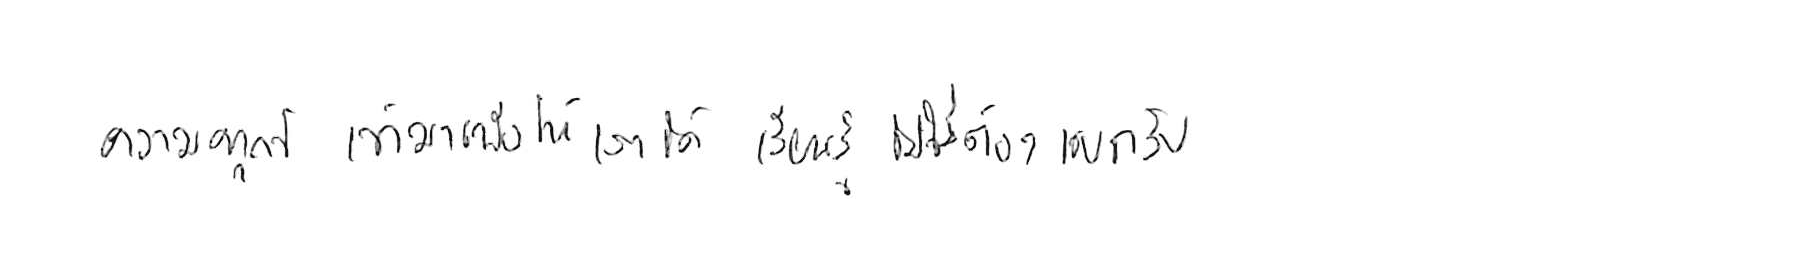
ความทุกข์ เข้ามาเพื่อให้เราได้ เรียนรู้ ไม่ใช่ต้อง แบกรับ